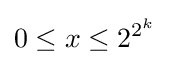
0\leq x\leq 2^{2^{k}}